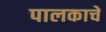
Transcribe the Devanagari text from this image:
पालकाचे